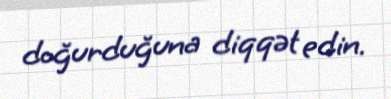
doğurduğuna diqqət edin.